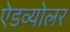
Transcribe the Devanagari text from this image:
ऐडव्योलर